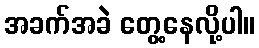
အခက်အခဲ တွေ့နေလို့ပါ။